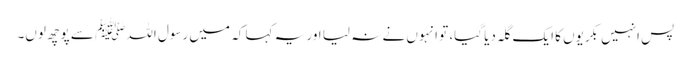
پس انہیں بکریوں کا ایک گلہ دیا گیا، تو انہوں نے نہ لیا اور یہ کہا کہ میں رسول اللہﷺ سے پوچھ لوں۔